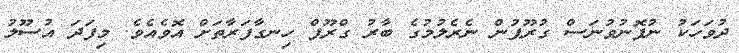
ދުވަހަކު ނުފޮނުވުނަސް ގުރޫޕުން ނެރެލުމުގެ ބާރު ގްރޫޕް ހިނގާފަރާތަށް އޮވެއެވެ. މިފަދަ އުސޫލު